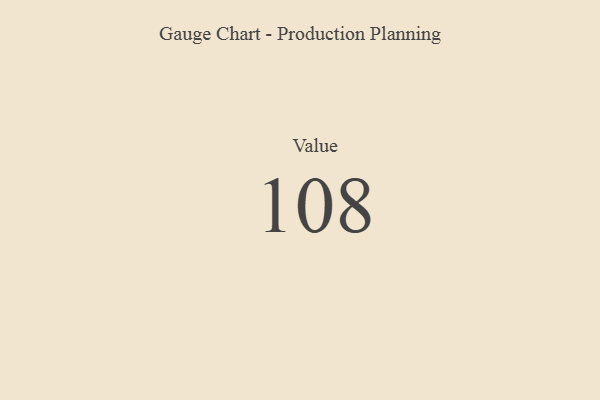
{"axis": {"x": "Metric", "y": "Value"}, "legend": [""], "data": [{"x": "Value", "y": 108, "type": ""}]}